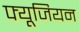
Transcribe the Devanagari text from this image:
फ्यूजियन